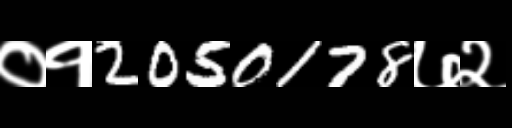
Text: ०१2050178७२